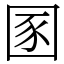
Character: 圂